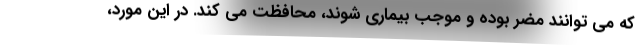
که می توانند مضر بوده و موجب بیماری شوند، محافظت می کند. در این مورد،